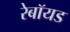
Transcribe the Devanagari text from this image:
रेबॉयड